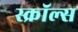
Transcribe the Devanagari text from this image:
स्क्रॉल्स